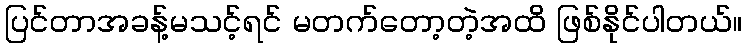
ပြင်တာအခန့်မသင့်ရင် မတက်တော့တဲ့အထိ ဖြစ်နိုင်ပါတယ်။